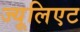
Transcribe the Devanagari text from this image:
ज्यूलिएट